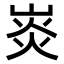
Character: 𤈹